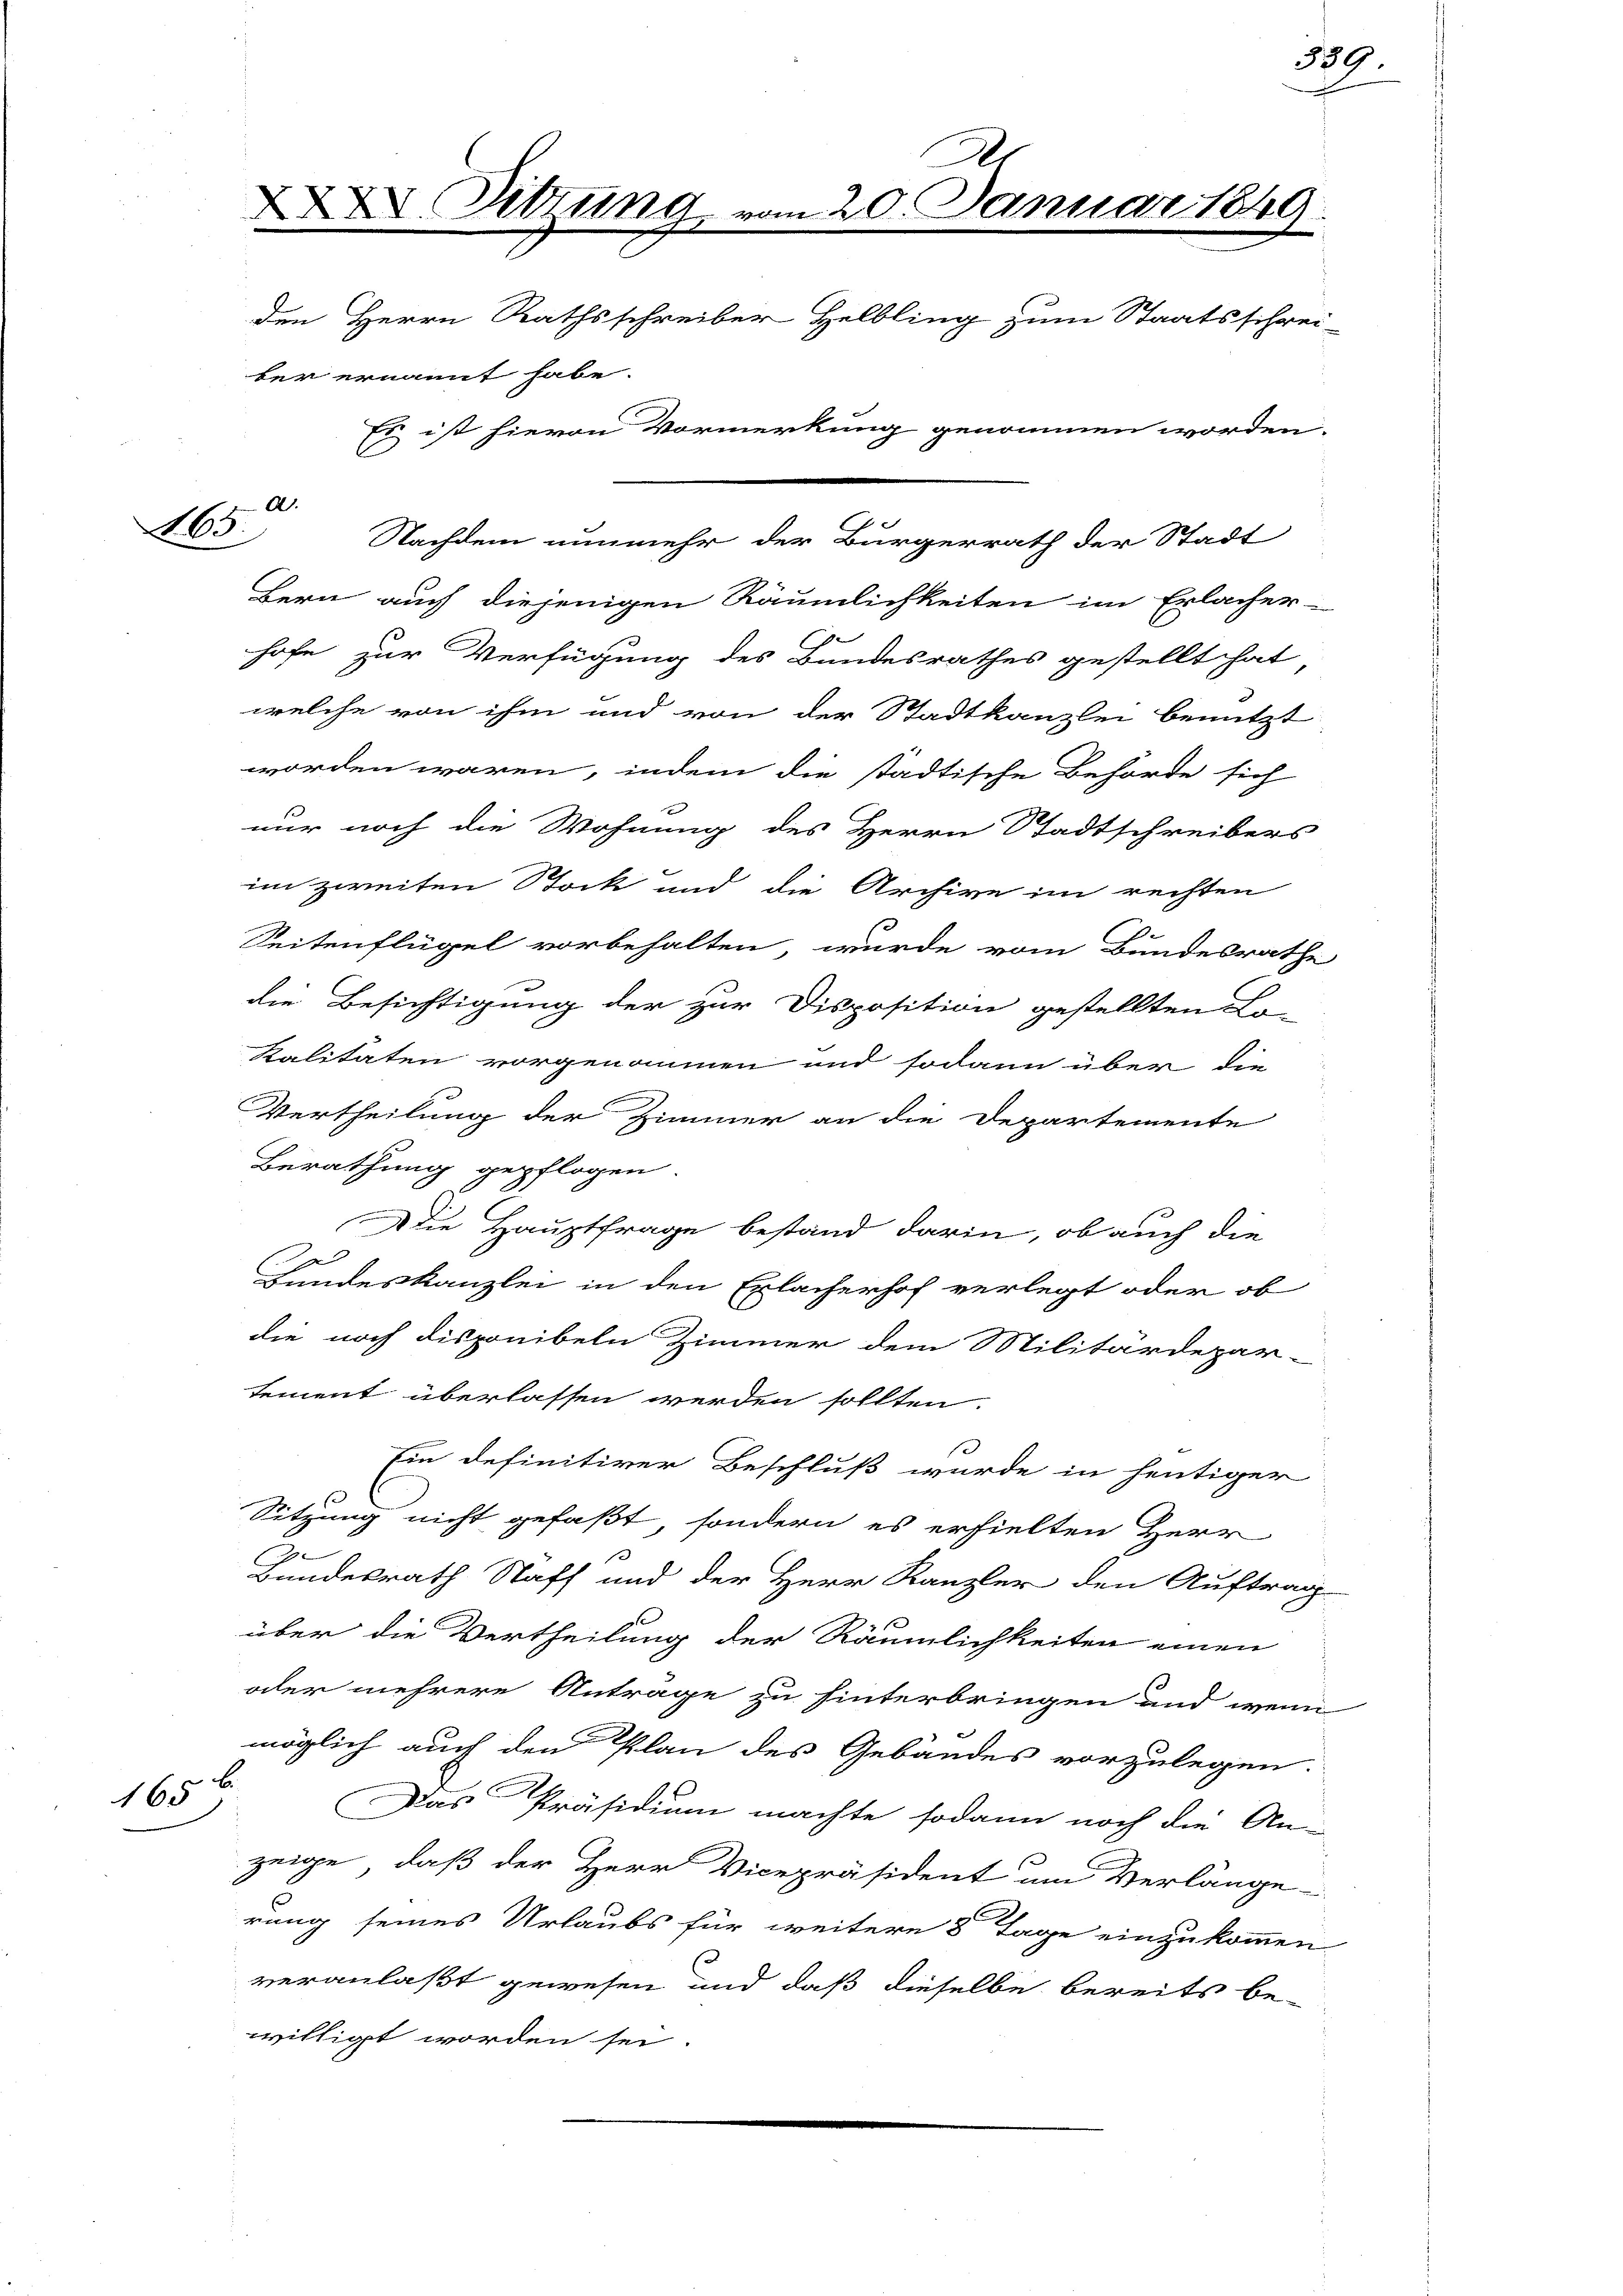
L

165

Dr
XXXI Sitzung vom 20. Januar 1849
d
den Herrn Rathsschreiber Helbling zum Staatsschrei-
ber ernannt habe.
Es ist hievon Vormerkung genommen worden.
A.
7
Nachdem nunmehr der Bürgerrath der Stadt

Bern auch diejenigen Räumlichkeiten im Erlacher-
hofe zur Verfügung des Bundesrathes gestellt hat,
welche von ihm und von der Stadtkanzlei benutzt
worden wären, indem die städtische Behörde sich
nur noch die Wohnung des Herrn Stadtschreibers
im zweiten Stock und die Archive im rechten
Seitenflügel vorbehalten, wurde vom Bundesrathe
die Besichtigung der zur Disposition gestellten Lo-
kalitäten vorgenommen und sodann über die
Vertheilung der Zimmer an die Departemente
Berathung gepflogen.
Die Hauptfrage bestand darin, ob auch die
2
2
Bundeskanzlei in den Erlacherhof verlegt oder ob
die noch disponibeln Zimmer dem Militärdepar-
tement überlassen werden sollten.
Ein definitiver Beschluß wurde in heutiger
Sitzung nicht gefaßt, sondern es erhielten Herr
e
G
Bundesrath Staff und der Herr Kanzler den Auftrag
über die Vertheilung der Räumlichkeiten einen
oder mehrere Antrage zu hinterbringen und wenn
möglich auch den Plan des Gebäudes vorzulegen.
b
Das Präsidium machte sodann noch die An-
zeige, daß der Herr Vicepräsident um Verlänge
rung seines Urlaubs für weitere 5 Tage einzukommen
veranlaßt gewesen und daß dieselbe bereits be-
willigt worden sei.

309.